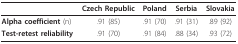
<table><thead><tr><td></td><td><b>Czech Republic</b></td><td><b>Poland</b></td><td><b>Serbia</b></td><td><b>Slovakia</b></td></tr></thead><tbody><tr><td><b>Alpha coefficient </b>(n)</td><td>.91 (85)</td><td>.91 (70)</td><td>.91 (31)</td><td>.89 (92)</td></tr><tr><td><b>Test-retest reliability</b></td><td>.91 (70)</td><td>.91 (84)</td><td>.88 (34)</td><td>.93 (72)</td></tr></tbody></table>